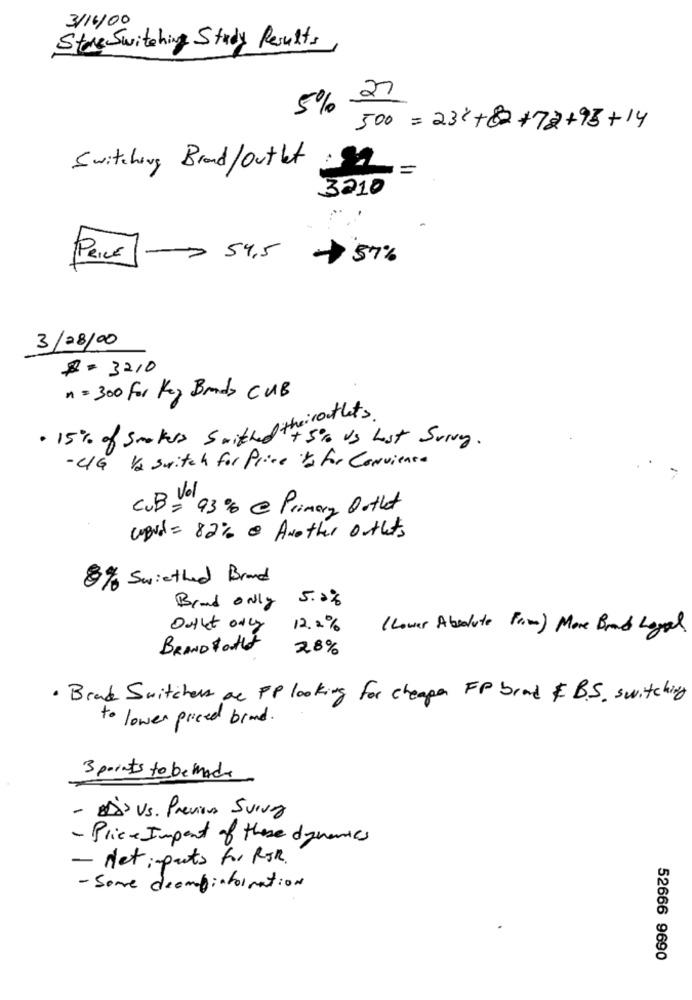
3/16/00
Store Switching Study Results
5% 27
500=230+8+72+95+14
Switching Brand/Outlet
3210
PRICE
-> 54,5
57%
3/28/00
#= 3210
n= 300 for Key Bands CUB
. 15% of smokers switched theiroutlets
++ 5% vs Lost Sorry.
-C/G Ve switch for Price to for Convience
CUB Volo
= 93% @ Primery Ootht
word = 82% & Another Outlets
8% Swiethed Brand
5.2%
Brand only
Outlet only
12.2%
( Lower Absoluto From) More Brand Loyal.
BRANDForthe
28%
· Brad Switchers are PP looking for cheapen FP brand & B.S. switching
to lower priced brand.
3 points to be made
- BÁS Vs. Previous Sving
- Price Import of these dynamics
- Net: parts for RIR.
- Some dcambiatoination
52666 9690